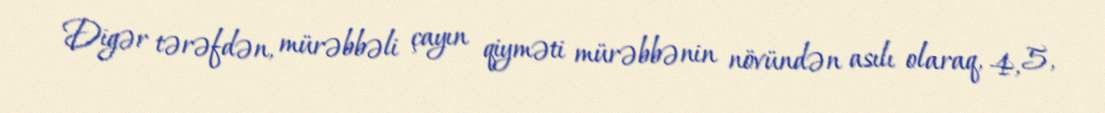
Digər tərəfdən, mürəbbəli çayın qiyməti mürəbbənin növündən asılı olaraq, 4, 5,